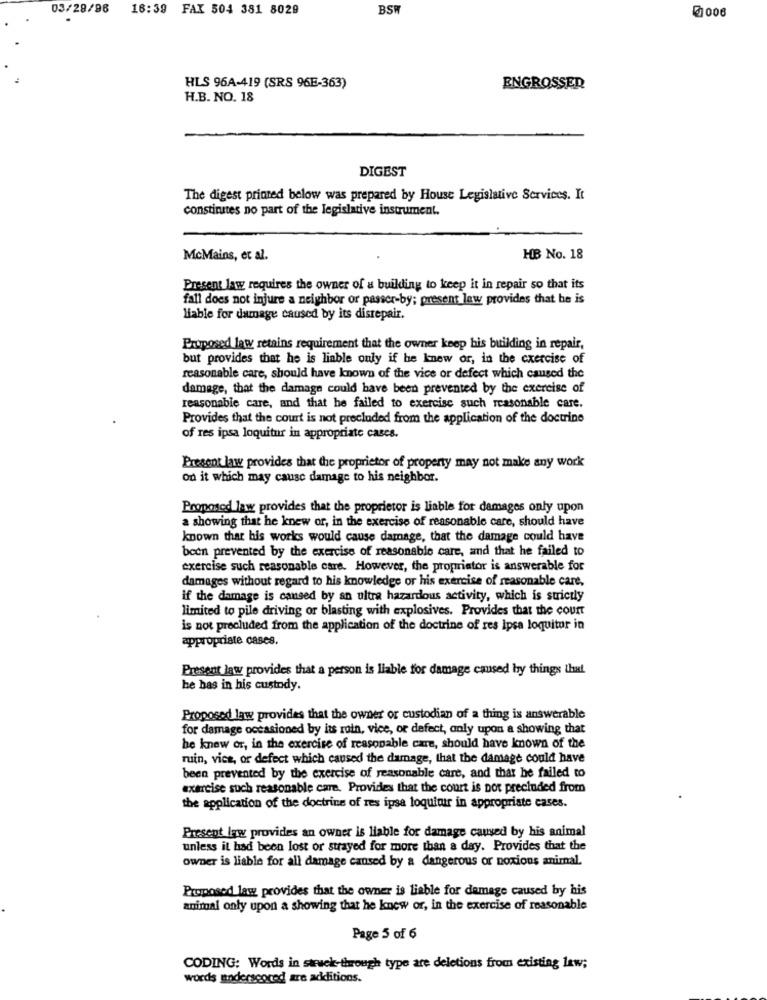
03/28/96
16:39 FAX 504 381 8029
BSW
₹006
.
HLS 96A-419 (SRS 96E-363)
ENGROSSED
H.B. NO. 18
DIGEST
The digest printed below was prepared by House Legislative Services. It
constinates no part of the legislative instrument.
McMains, et al.
HB No. 18
Present law requires the owner of a building to keep it in repair so that its
fall does not injure a neighbor or passer-by; present law provides that he is
liable for damage caused by its disrepair.
Proposed lawy retains requirement that the owner keep his building in repair,
but provides that he is liable only if he knew or, in the exercise of
reasonable care, should have known of the vice or defect which caused the
damage, that the damage could have been prevented by the exercise of
reasonable care, and that he failed to exercise such reasonable care.
Provides that the court is not precluded from the application of the doctrine
of res ipsa loquitur in appropriate cases.
Present law provides that the proprietor of property may not make any work
On it which may cause damage to his neighbor.
Proposed law provides that the proprietor is liable for damages only upon
a showing that he knew or, in the exercise of reasonable care, should have
known that his works would cause damage, that the damage could have
been prevented by the exercise of reasonable care, and that he failed to
exercise such reasonable care. However, the propriator is answerable for
damages without regard to his knowledge or his exercise of reasonable care,
if the damage is caused by an ultra hazardous activity, which is strictly
limited to pile driving or blasting with explosives. Provides that the court
is not precluded from the application of the doctrine of res Ipsa loquitur in
appropriate cases.
Present law provides that a person is liable for damage caused by things that
he has in his custody.
Proposed law provides that the owner or custodian of a thing is answerable
for damage occasioned by its roin, vice, or defect, only upon a showing that
he knew or, in the exercise of reasonable care, should have known of the
ruin, vice, or defect which caused the damage, that the damage could have
been prevented by the exercise of reasonable care, and that he failed to
exercise such reasonable care. Provides that the court is not precluded from
the application of the doctrine of res ipsa loquituir in appropriate cases.
Present law provides an owner is liable for damage caused by his animal
unless it had been lost or stayed for more than a day. Provides that the
owner is liable for all damage caused by a dangerous or noxious animal.
Proposed law provides that the owner is liable for damage caused by his
animal only upon a showing that he knew or, in the exercise of reasonable
Page 5 of 6
CODING: Words in swwek-through type are deletions from existing law;
words underscored are additions.